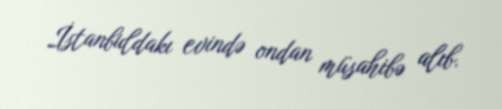
İstanbuldakı evində ondan müsahibə alıb.